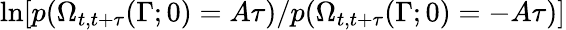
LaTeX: \ln[p(\Omega_{t,t+\tau}(\Gamma;0)=A\tau)/p(\Omega_{t,t+\tau}(\Gamma;0)=-A\tau)]